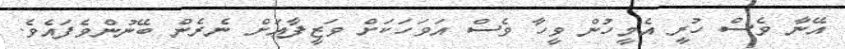
އޭނާ ވެސް ހުރީ އެމީހުން ވީހާ ވެސް އަވަހަކަށް ވަޒީފާއަށް ނެރެން ބޭނުންވެފައެވެ.